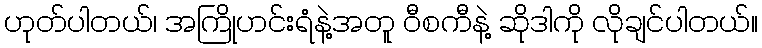
ဟုတ်ပါတယ်၊ အကြိုဟင်းရံနဲ့အတူ ဝီစကီနဲ့ ဆိုဒါကို လိုချင်ပါတယ်။